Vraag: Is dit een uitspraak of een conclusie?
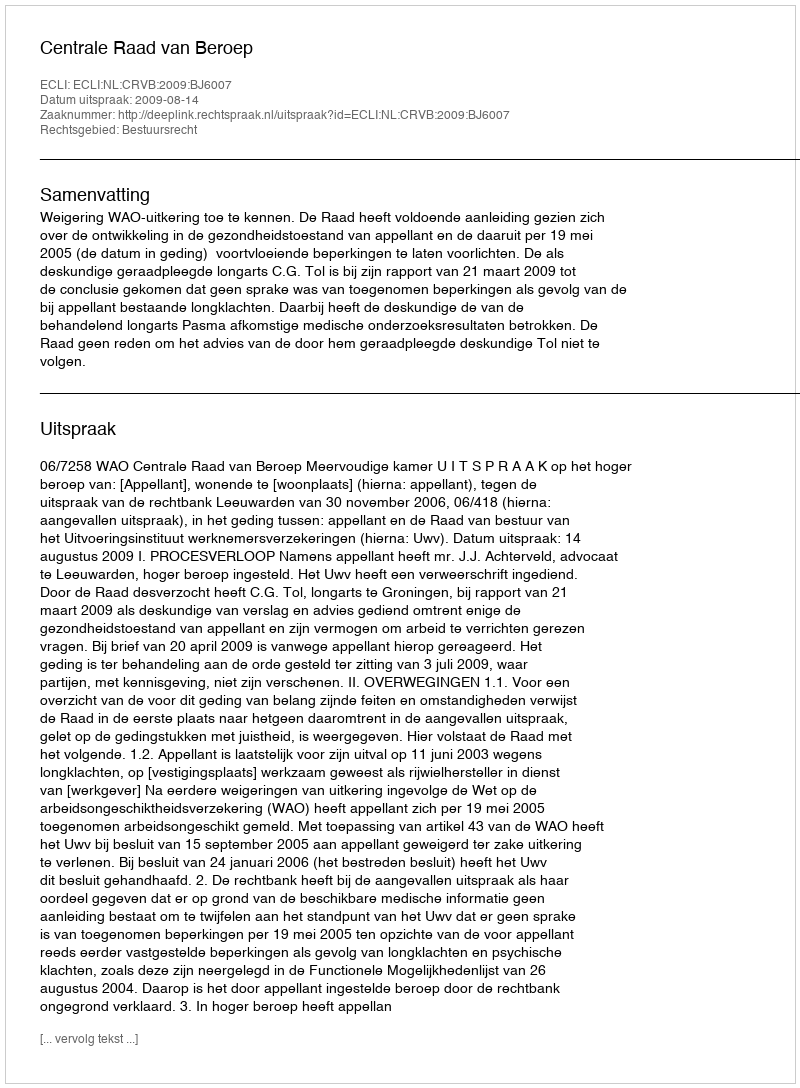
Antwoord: Uitspraak